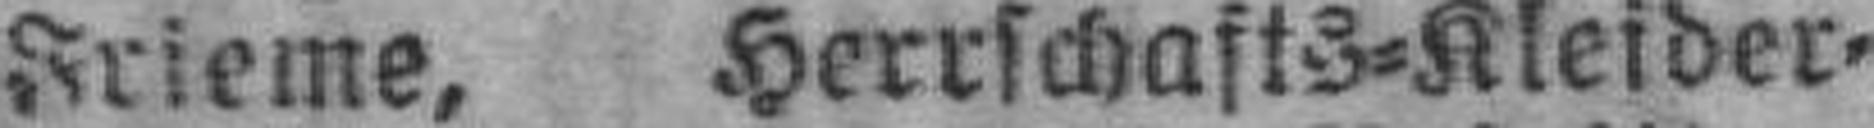
Frieme, Herrschafts=Kleider=